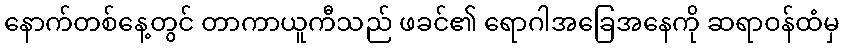
နောက်တစ်နေ့တွင် တာကာယူကီသည် ဖခင်၏ ရောဂါအခြေအနေကို ဆရာဝန်ထံမှ